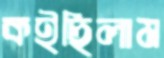
কইছিলাম